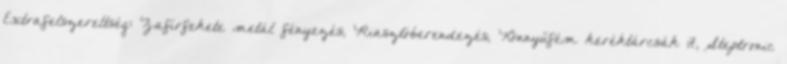
Extrafelszereltség: Zafírfekete metál fényezés, Riasztóberendezés, Könnyűfém keréktárcsák 17, Steptronic